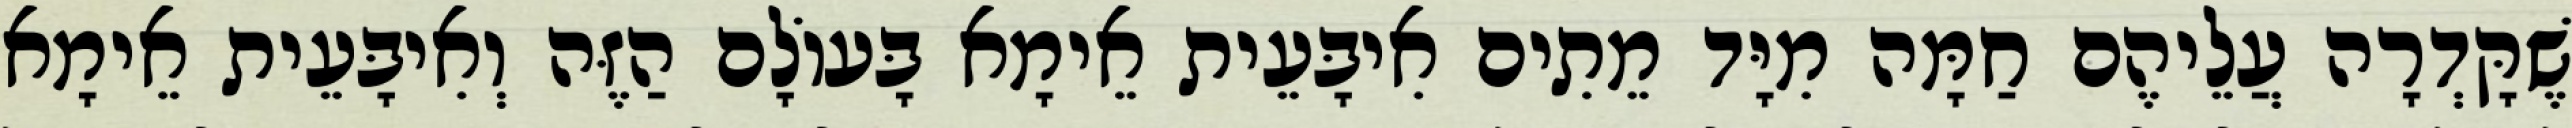
שֶׁקָּדְרָה עֲלֵיהֶם חַמָּה מִיָּד מֵתִים אִיבָּעֵית אֵימָא בָּעוֹלָם הַזֶּה וְאִיבָּעֵית אֵימָא